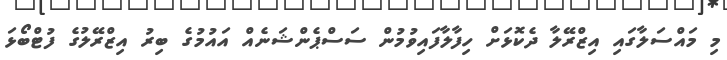
މި މައްސަލާގައި އިޒްރޭލާ ދެކޮޅަށް ހިފާލާފައިވުމުން ސަސްޕެންޝަނެއް އައުމުގެ ބިރު އިޒްރޭލުގެ ފުޓްބޯޅަ